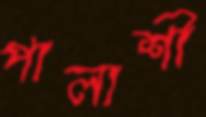
পালাশী